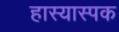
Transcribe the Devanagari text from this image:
हास्यास्पक